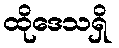
ထိုဒေသရှိ